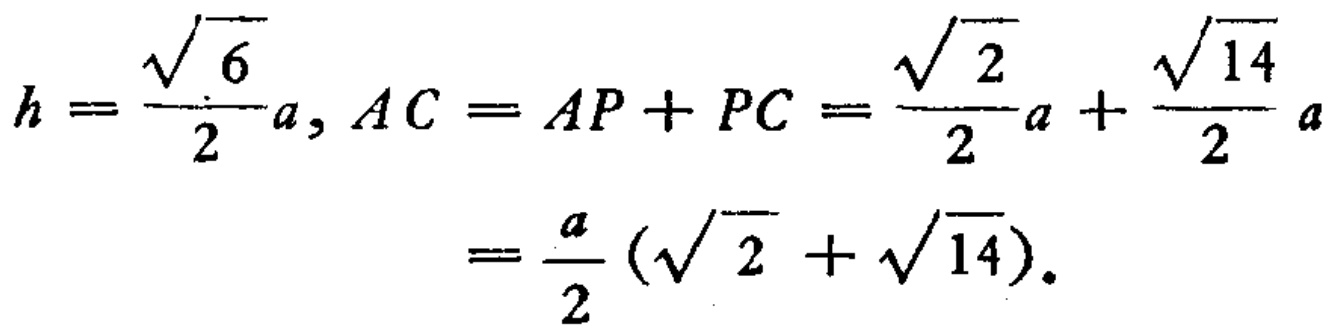
\[
h = \frac{\sqrt{6}}{2}a, AC = AP + PC = \frac{\sqrt{2}}{2}a + \frac{\sqrt{14}}{2}a = \frac{a}{2}(\sqrt{2} + \sqrt{14}).
\]